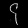
Digit: ၄